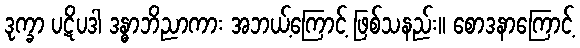
ဒုက္ခာ ပဋိပဒါ ဒန္ဓာဘိညာကား အဘယ့်ကြောင့် ဖြစ်သနည်း။ စောဒနာကြောင့်